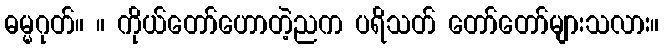
ဓမ္မဂုတ်။ ။ ကိုယ်တော်ဟောတဲ့ညက ပရိသတ် တော်တော်များသလား။